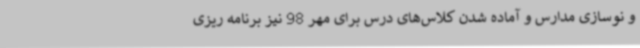
و نوسازی مدارس و آماده شدن کلاس‌های درس برای مهر 98 نیز برنامه ریزی